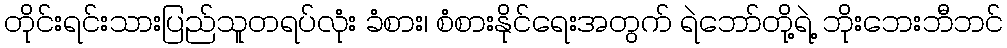
တိုင်းရင်းသားပြည်သူတရပ်လုံး ခံစား၊ စံစားနိုင်ရေးအတွက် ရဲဘော်တို့ရဲ့ ဘိုးဘေးဘီဘင်